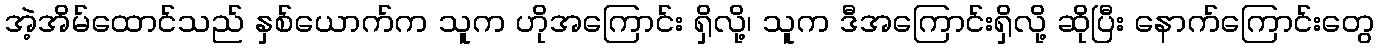
အဲ့အိမ်ထောင်သည် နှစ်ယောက်က သူက ဟိုအကြောင်း ရှိလို့၊ သူက ဒီအကြောင်းရှိလို့ ဆိုပြီး နောက်ကြောင်းတွေ